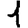
Digit: 1